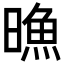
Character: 𣊘